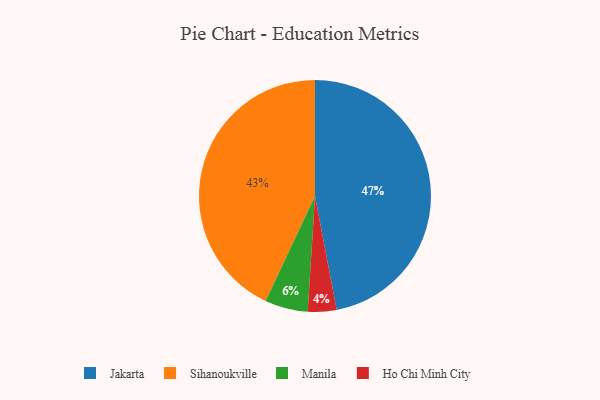
{"axis": {"x": "Category", "y": "Percentage"}, "legend": ["Ho Chi Minh City", "Jakarta", "Manila", "Sihanoukville"], "data": [{"x": "Ho Chi Minh City", "y": 4, "type": "Ho Chi Minh City"}, {"x": "Jakarta", "y": 47, "type": "Jakarta"}, {"x": "Manila", "y": 6, "type": "Manila"}, {"x": "Sihanoukville", "y": 43, "type": "Sihanoukville"}]}